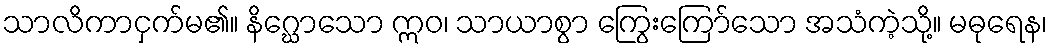
သာလိကာငှက်မ၏။ နိဂ္ဃောသော ဣဝ၊ သာယာစွာ ကြွေးကြော်သော အသံကဲ့သို့။ မဓုရေန၊